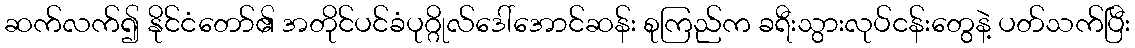
ဆက်လက်၍ နိုင်ငံတော်၏ အတိုင်ပင်ခံပုဂ္ဂိုလ်ဒေါ်အောင်ဆန်း စုကြည်က ခရီးသွားလုပ်ငန်းတွေနဲ့ ပတ်သက်ပြီး